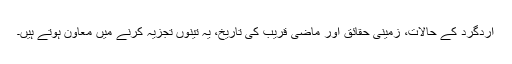
اردگرد کے حالات، زمینی حقائق اور ماضی قریب کی تاریخ، یہ تینوں تجزیہ کرنے میں معاون ہوتے ہیں۔